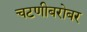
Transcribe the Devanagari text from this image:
चटणीबरोबर